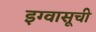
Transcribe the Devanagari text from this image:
इग्वासूची